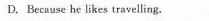
D. Because he likes travelling